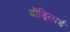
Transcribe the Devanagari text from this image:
बॉड्रिलार्ड